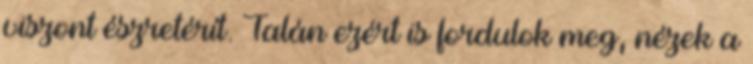
viszont észretérít. Talán ezért is fordulok meg, nézek a